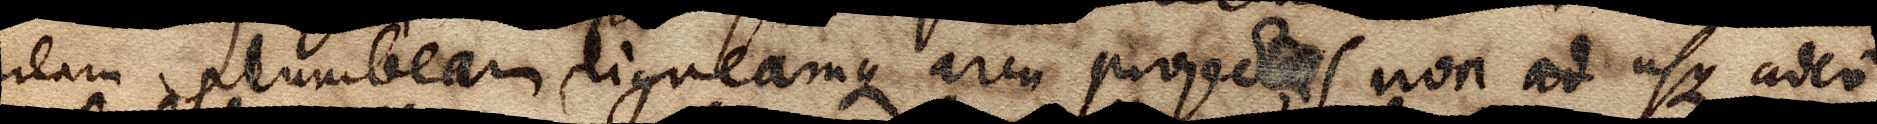
pilam plumbeam ligneamque arcu projectas non ad usque adeo